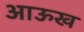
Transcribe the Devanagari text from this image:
आऊख